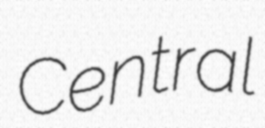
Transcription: Central